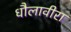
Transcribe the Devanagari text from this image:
धौलावीरा